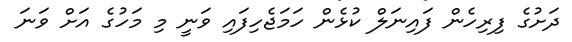
ދަށުގެ ފިރިހެން ފައިނަލް ކުޅެން ހަމަޖެހިފައި ވަނީ މި މަހުގެ އަށް ވަނަ